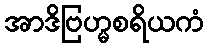
အာဒိဗြဟ္မစရိယကံ